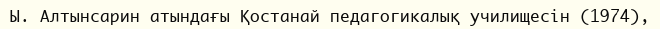
Ы. Алтынсарин атындағы Қостанай педагогикалық училищесін (1974),